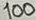
Text: 100